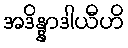
အဒိန္နာဒါယီဟိ